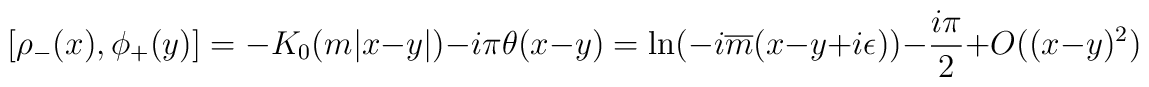
[\rho_{-}(x), \phi_{+}(y)] = -K_{0} (m | x-y |) - i\pi \theta (x-y)= \ln (-i\overline{m} (x-y+i\epsilon)) - \frac{i\pi}{2}+ O ( (x-y)^{2})\,